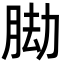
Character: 𦛕